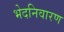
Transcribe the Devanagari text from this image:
भेदनिवारण